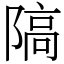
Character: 䧚